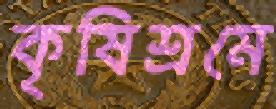
কৃষিশ্রমে